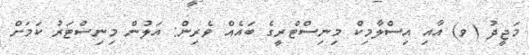
މަޖީދު (ވ) އާއި އިސްލާމިކް މިނިސްޓްރީގެ ބައެއް ވެރިން: އަލުން މިނިސްޓަރު ކަމަށް